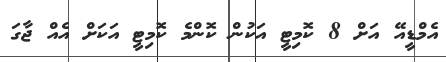
އެމްޑީއޭ އަށް 8 ކޮމިޓީ އަކުން ކޮންމެ ކޮމިޓީ އަކަށް އެއް ޖާގަ